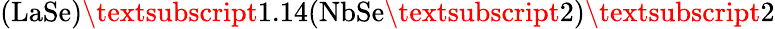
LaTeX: \textrm{(LaSe)\textsubscript{1.14}(NbSe\textsubscript{2})\textsubscript{2}}